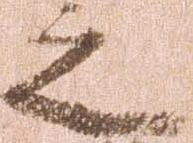
之